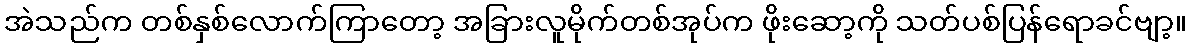
အဲသည်က တစ်နှစ်လောက်ကြာတော့ အခြားလူမိုက်တစ်အုပ်က ဖိုးဆော့ကို သတ်ပစ်ပြန်ရောခင်ဗျာ့။